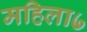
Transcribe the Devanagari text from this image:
महिला७